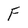
Character: F